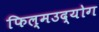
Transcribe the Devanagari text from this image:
फिल्मउद्योग